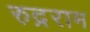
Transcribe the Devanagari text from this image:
रुद्रराम